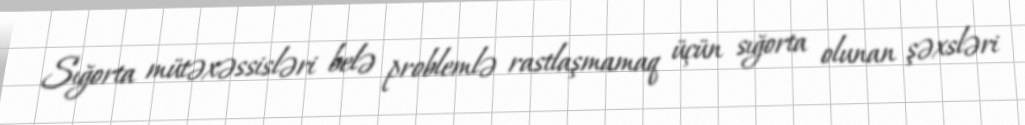
Sığorta mütəxəssisləri belə problemlə rastlaşmamaq üçün sığorta olunan şəxsləri